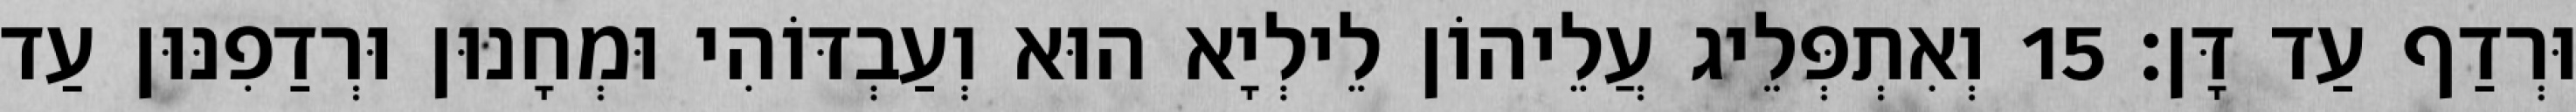
וּרְדַף עַד דָּן׃ 15 וְאִתְפְּלֵיג עֲלֵיהוֹן לֵילְיָא הוּא וְעַבְדּוֹהִי וּמְחָנוּן וּרְדַפִנּוּן עַד